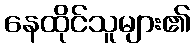
နေထိုင်သူများ၏